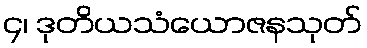
၄၊ ဒုတိယသံယောဇနသုတ်